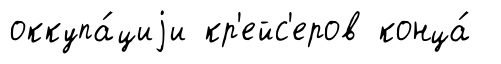
оккупа́циjи кр'ейс'еров конца́